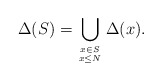
\begin{align*}\Delta(S) = \bigcup_{x \in S \atop x \le N} \Delta(x).\end{align*}